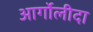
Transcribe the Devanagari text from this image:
आर्गोलीदा